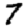
Digit: 7